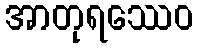
အာတုရဿေဝ